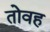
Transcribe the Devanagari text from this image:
तोवह